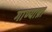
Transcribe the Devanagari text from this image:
गाण्यान्ना